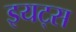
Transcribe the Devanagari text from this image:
इयट्स